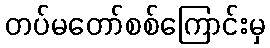
တပ်မတော်စစ်ကြောင်းမှ